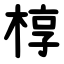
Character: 椁